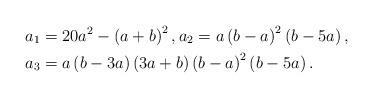
LaTeX: \begin{align*}a_{1} & =20a^{2}-\left( a+b\right) ^{2},a_{2}=a\left( b-a\right)^{2}\left( b-5a\right) , \\a_{3} & =a\left( b-3a\right) \left( 3a+b\right) \left( b-a\right)^{2}\left( b-5a\right) .\end{align*}